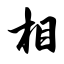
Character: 相